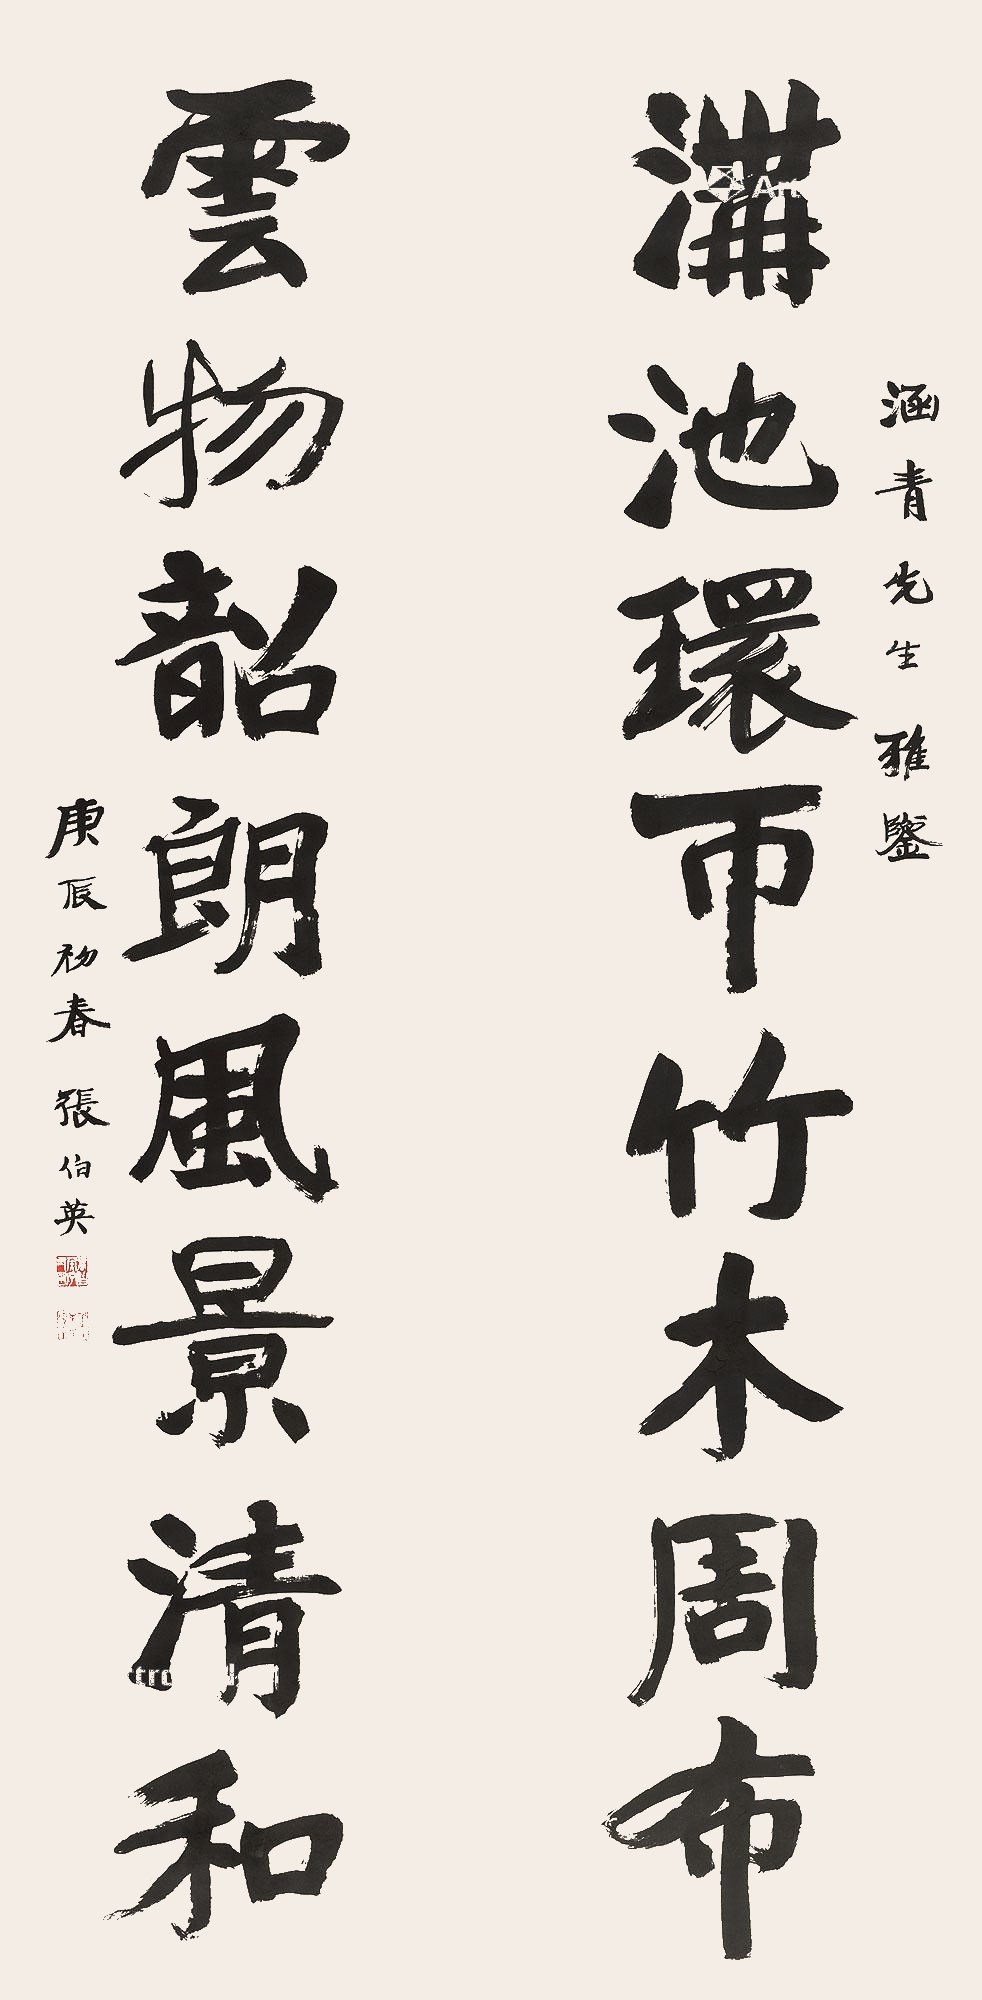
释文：沟池环币竹木周布，云物韶朗风景清和。涵青先生雅鉴。庚辰初春，张伯英。